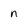
Character: n